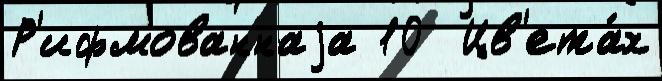
Р'ифмованнаjа 10  Цв'ета́х